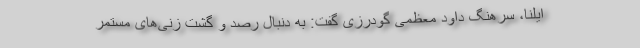
ایلنا، سرهنگ داود معظمی گودرزی گفت: به دنبال رصد و گشت زنی‌های مستمر